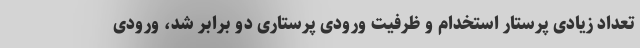
تعداد زیادی پرستار استخدام و ظرفیت ورودی پرستاری دو برابر شد، ورودی